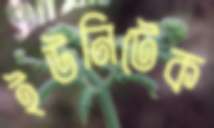
ইউনিটেক